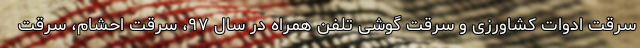
سرقت ادوات کشاورزی و سرقت گوشی تلفن همراه در سال ۹۷، سرقت احشام، سرقت